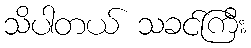
သိပါတယ် သခင်ကြီး